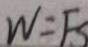
W = F s